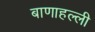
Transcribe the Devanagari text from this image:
बाणाहल्ली